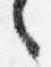
言